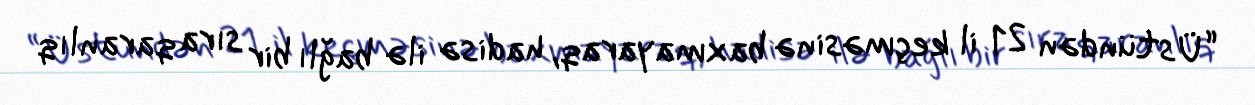
“Üstündən 21 il keçməsinə baxmayaraq, hadisə ilə bağlı bir sıra qaranlıq